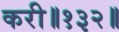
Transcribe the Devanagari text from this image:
करी॥१३२॥